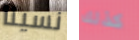
نسينا كذلك